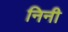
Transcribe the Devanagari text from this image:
निनी